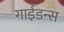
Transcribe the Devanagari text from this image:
गाईडन्स